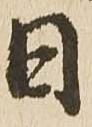
日